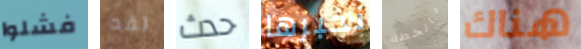
فشلوا لقد حدث نخبرها بالخطة هناك